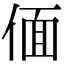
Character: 偭